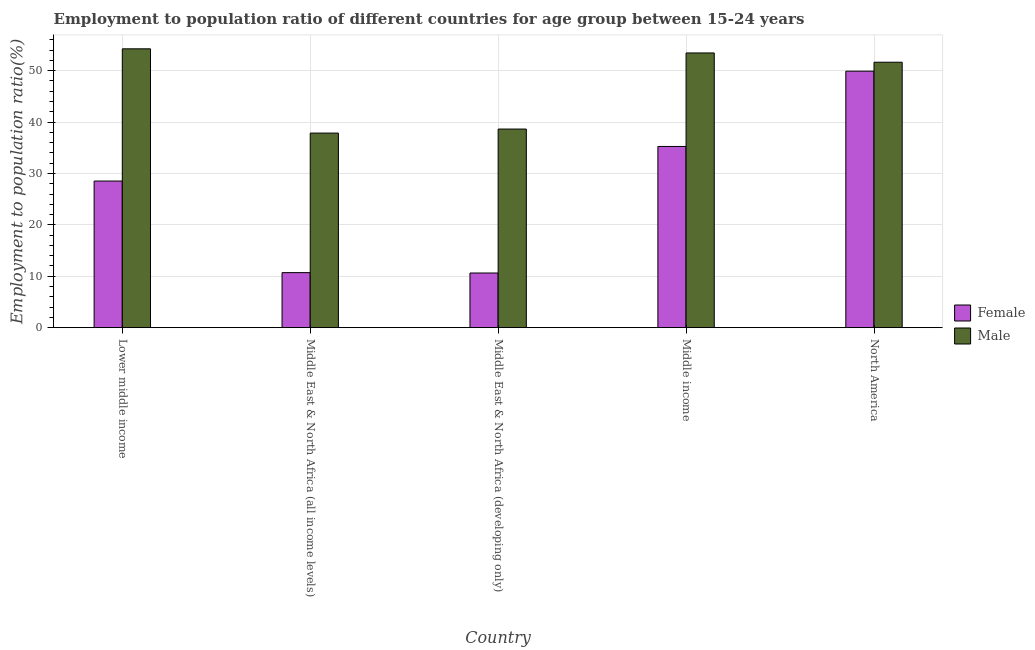
| Country | Female | Male |
 | --- | --- | --- |
 | Lower middle income | 28.5 | 54.2 |
 | Middle East & North Africa (all income levels) | 10.7 | 37.8 |
 | Middle East & North Africa (developing only) | 10.6 | 38.6 |
 | Middle income | 35.2 | 53.4 |
 | North America | 49.9 | 51.6 |